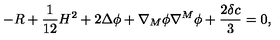
- R + \frac { 1 } { 1 2 } H ^ { 2 } + 2 \Delta \phi + \nabla _ { M } \phi \nabla ^ { M } \phi + \frac { 2 \delta c } { 3 } = 0 ,